Report of an investigation of the epidemic of malarial fever in Assam, or, kala-azar
Disease focus: Malaria
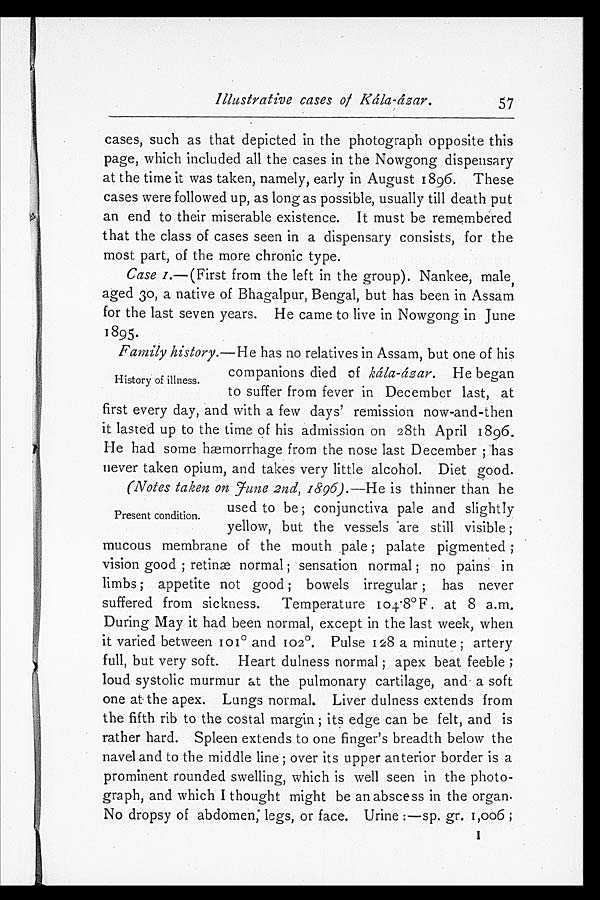
Illustrative cases of Kálá-ázar.
57
cases, such as that depicted in the photograph opposite this
page, which included all the cases in the Nowgong dispensary
at the time it was taken, namely, early in August 1896. These
cases were followed up, as long as possible, usually till death put
an end to their miserable existence. It must be remembered
that the class of cases seen in a dispensary consists, for the
most part, of the more chronic type.
Case 1.—(First from the left in the group). Nankee, male,
aged 30, a native of Bhagalpur, Bengal, but has been in Assam
for the last seven years. He came to live in Nowgong in June
1895.
Family history.— He has no relatives in Assam, but one of his
companions died of kála-ázar. He began
History of illness. to suffer from fever in December last, at
first every day, and with a few days' remission now-and-then
it lasted up to the time of his admission on 28th April 1896.
He had some hæmorrhage from the nose last December ; has
never taken opium, and takes very little alcohol. Diet good.
(Notes taken on June 2nd, 1896).— He is thinner than he
u s e d t o b e ; c o n j u n c t i v a p a l e a n d s l i g h t l y
Present condition. yellow, but the vessels are still visible;
mucous membrane of the mouth pale; palate pigmented;
vision good; retinæ normal; sensation normal; no pains in
limbs; appetite not good; bowels irregular; has never
suffered from sickness. Temperature 104.8°F . at 8 a.m.
During May it had been normal, except in the last week, when
it varied between 101° and 102°. Pulse 128 a minute; artery
full, but very soft. Heart dulness normal ; apex beat feeble;
loud systolic murmur at the pulmonary cartilage, and a soft
one at the apex. Lungs normal. Liver dulness extends from
the fifth rib to the costal margin; its edge can be felt, and is
rather hard. Spleen extends to one finger's breadth below the
navel and to the middle line; over its upper anterior border is a
prominent rounded swelling, which is well seen in the photo
- g r a p h , a n d w h i c h I t h o u g h t m i g h t b e a n a b s c e s s i n t h e o r g a n .
No dropsy of abdomen; legs, or face. Urine :—sp. gr. 1,006 ;
1